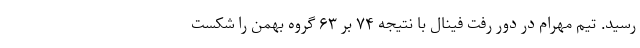
رسید. تیم مهرام در دور رفت فینال با نتیجه ۷۴ بر ۶۳ گروه بهمن را شکست